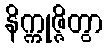
နိက္ကုဇ္ဇိတွာ